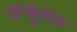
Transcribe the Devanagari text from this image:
क्यूरास